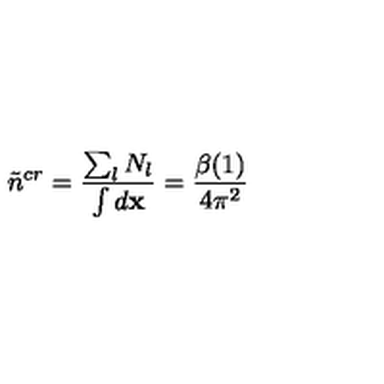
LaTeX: \tilde { n } ^ { c r } = \frac { \sum _ { l } N _ { l } } { \int d { \bf x } } = \frac { \beta ( 1 ) } { 4 \pi ^ { 2 } }